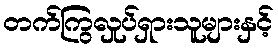
တက်ကြွလှုပ်ရှားသူများနှင့်